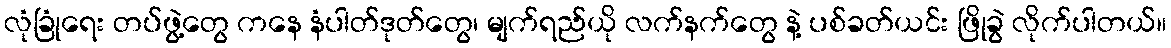
လုံခြုံရေး တပ်ဖွဲ့တွေ ကနေ နံပါတ်ဒုတ်တွေ၊ မျက်ရည်ယို လက်နက်တွေ နဲ့ ပစ်ခတ်ယင်း ဖြိုခွဲ လိုက်ပါတယ်။